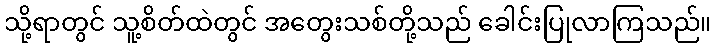
သို့ရာတွင် သူ့စိတ်ထဲတွင် အတွေးသစ်တို့သည် ခေါင်းပြုလာကြသည်။